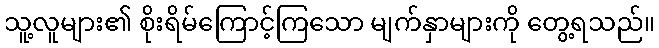
သူ့လူများ၏ စိုးရိမ်ကြောင့်ကြသော မျက်နှာများကို တွေ့ရသည်။